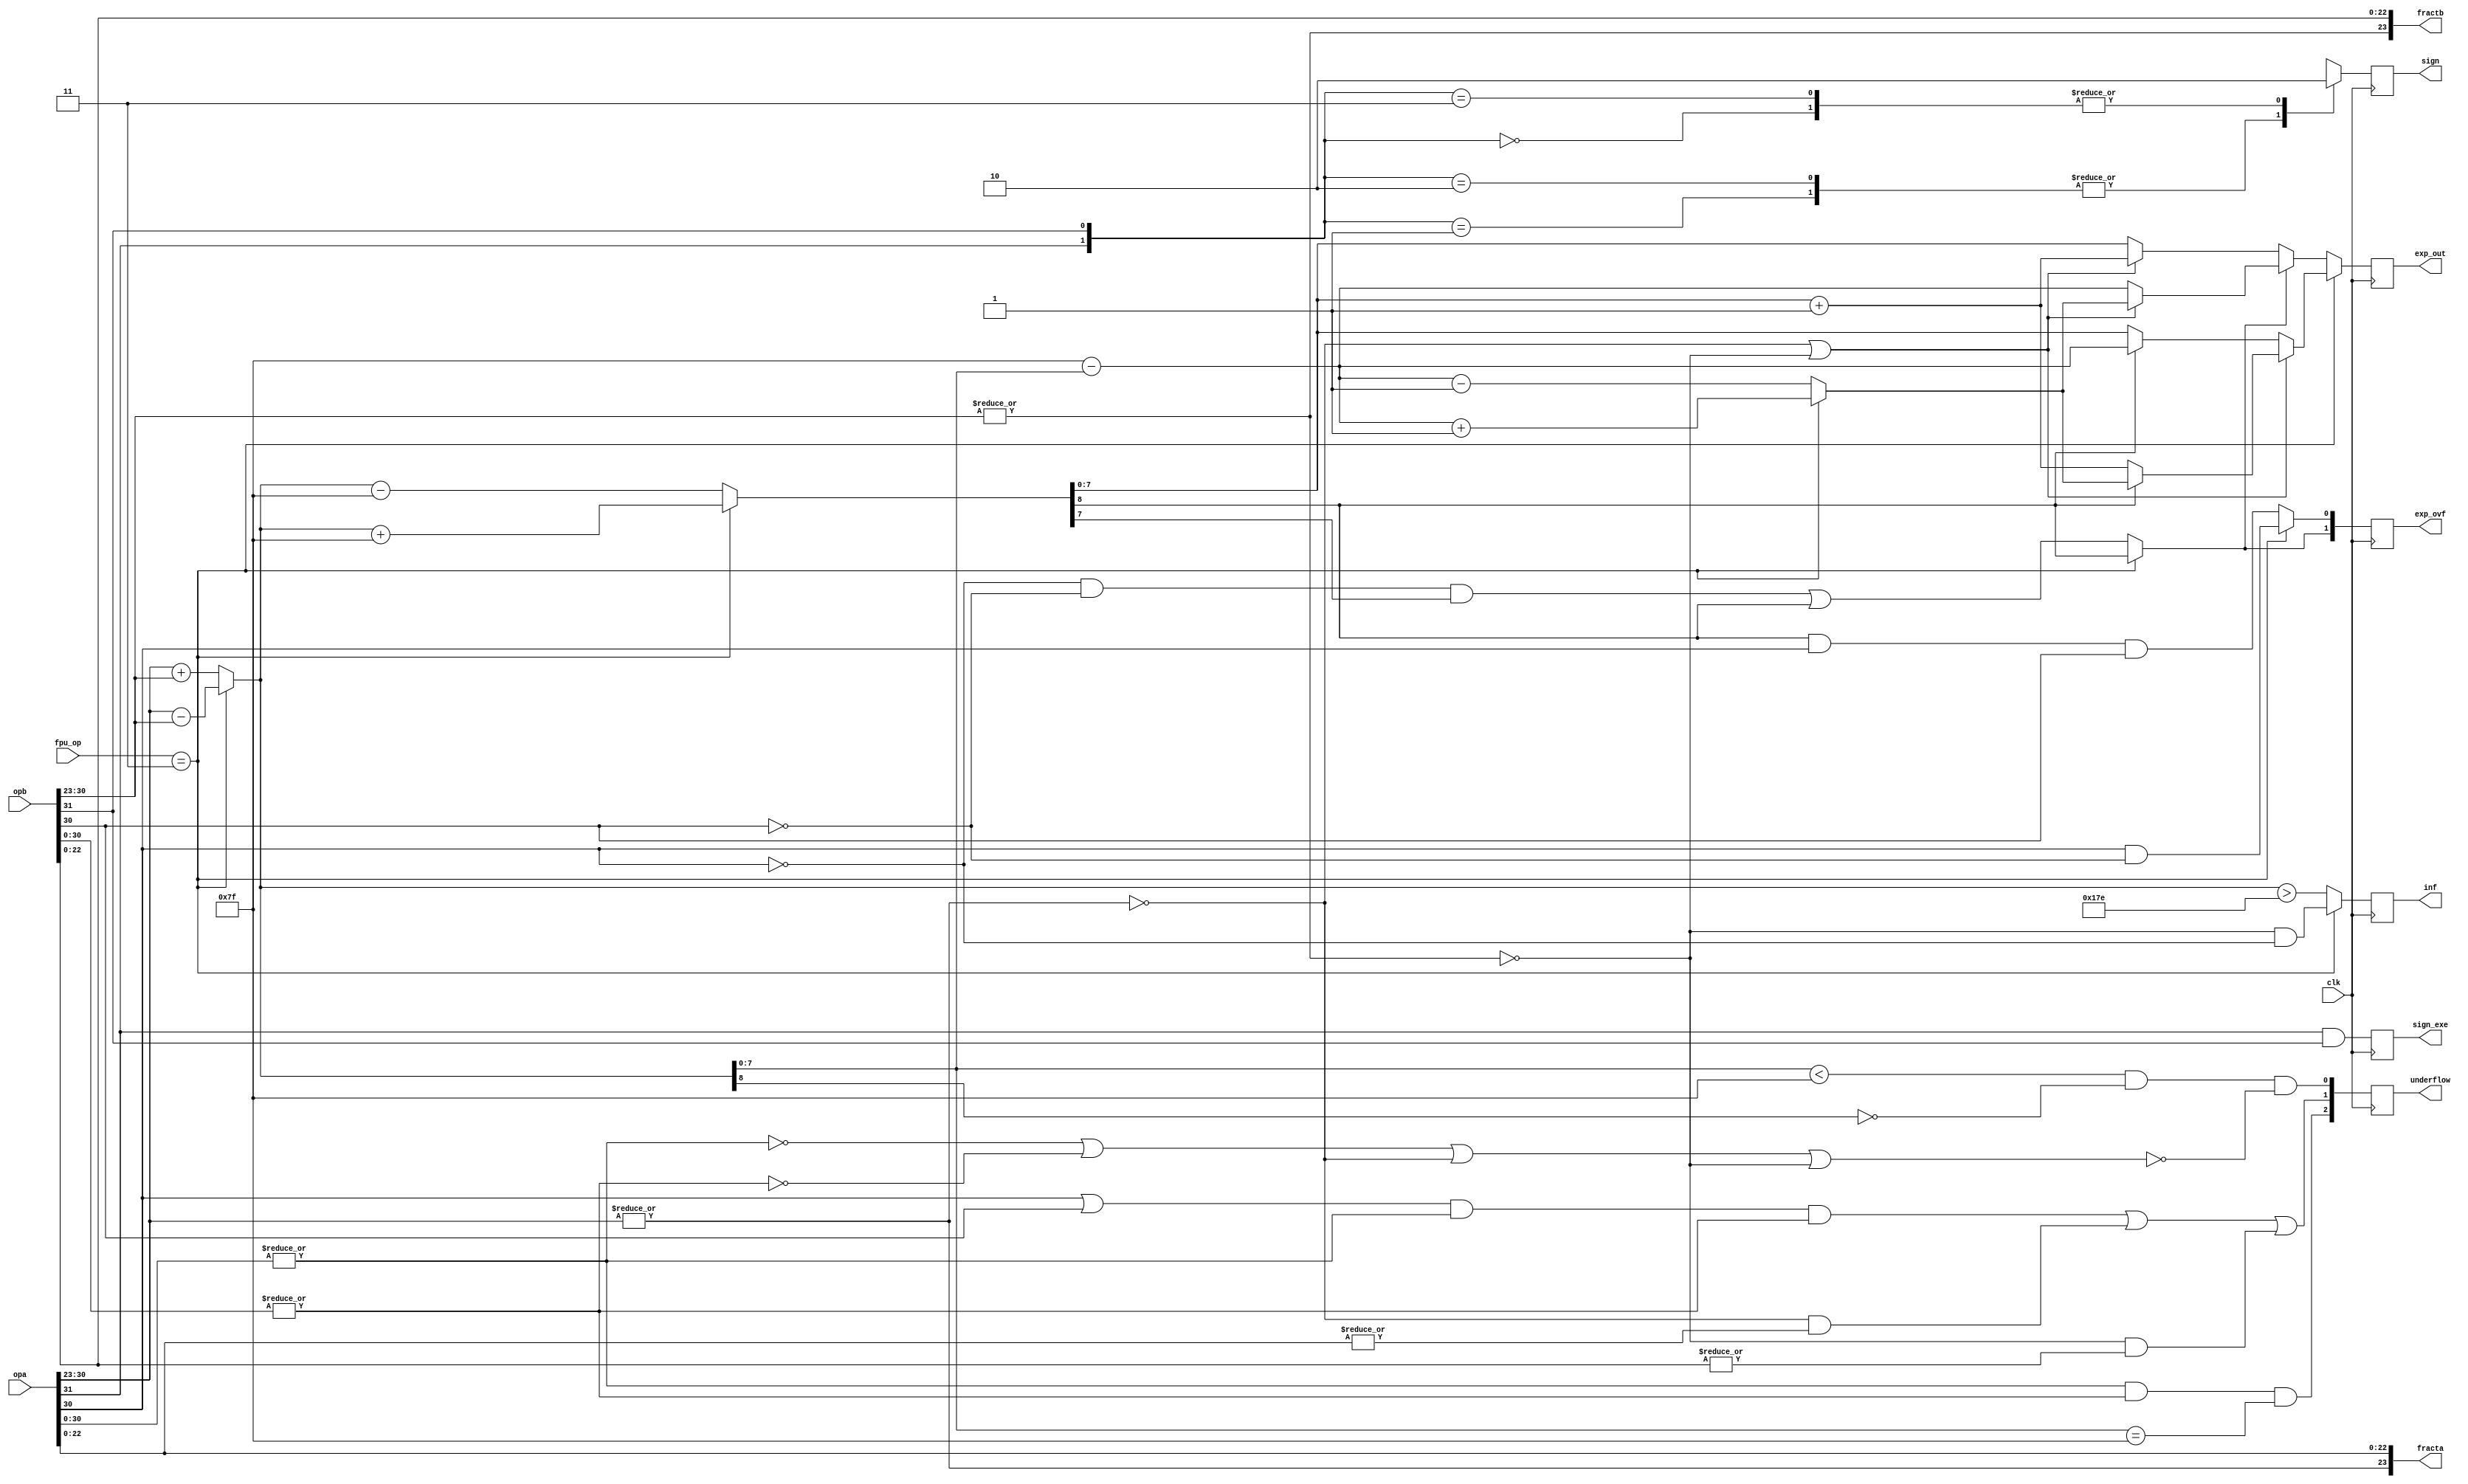
`define BITS 32         // Bit width of the operands
`define NumPath 34     

module pre_norm_fmul(clk, fpu_op, opa, opb, fracta, fractb, exp_out, sign,
		sign_exe, inf, exp_ovf, underflow);
input		clk;
input	[2:0]	fpu_op;
input	[31:0]	opa, opb;
output	[23:0]	fracta, fractb;
output	[7:0]	exp_out;
output		sign, sign_exe;
output		inf;
output	[1:0]	exp_ovf;
output	[2:0]	underflow;

////////////////////////////////////////////////////////////////////////
//
// Local Wires and registers
//

reg	[7:0]	exp_out;
wire		signa, signb;
reg		sign, sign_d;
reg		sign_exe;
reg		inf;
wire	[1:0]	exp_ovf_d;
reg	[1:0]	exp_ovf;
wire	[7:0]	expa, expb;
wire	[7:0]	exp_tmp1, exp_tmp2;
wire		co1, co2;
wire		expa_dn, expb_dn;
wire	[7:0]	exp_out_a;
wire		opa_00, opb_00, fracta_00, fractb_00;
wire	[7:0]	exp_tmp3, exp_tmp4, exp_tmp5;
wire	[2:0]	underflow_d;
reg	[2:0]	underflow;
wire		op_div;
wire	[7:0]	exp_out_mul, exp_out_div;

assign op_div = (fpu_op == 3'b011);
////////////////////////////////////////////////////////////////////////
//
// Aliases
//
assign  signa = opa[31];
assign  signb = opb[31];
assign   expa = opa[30:23];
assign   expb = opb[30:23];

////////////////////////////////////////////////////////////////////////
//
// Calculate Exponenet
//

assign expa_dn   = !(|expa);
assign expb_dn   = !(|expb);
assign opa_00    = !(|opa[30:0]);
assign opb_00    = !(|opb[30:0]);
assign fracta_00 = !(|opa[22:0]);
assign fractb_00 = !(|opb[22:0]);

assign fracta[22:0] = opa[22:0];
assign fractb[22:0] = opb[22:0];
assign fracta[23:23] = !expa_dn;
assign fractb[23:23] = !expb_dn;
//assign fracta = {!expa_dn,opa[22:0]};	// Recover hidden bit
//assign fractb = {!expb_dn,opb[22:0]};	// Recover hidden bit

assign {co1,exp_tmp1} = op_div ? ({1'b0,expa[7:0]} - {1'b0,expb[7:0]}) : ({1'b0,expa[7:0]} + {1'b0,expb[7:0]});
assign {co2,exp_tmp2} = op_div ? ({co1,exp_tmp1} + 9'h07f) : ({co1,exp_tmp1} - 9'h07f);
assign exp_tmp3 = exp_tmp2 + 8'h01;
assign exp_tmp4 = 8'h7f - exp_tmp1;
assign exp_tmp5 = op_div ? (exp_tmp4+8'h01) : (exp_tmp4-8'h01);


always@(posedge clk)
	exp_out <= op_div ? exp_out_div : exp_out_mul;

assign exp_out_div = (expa_dn | expb_dn) ? (co2 ? exp_tmp5 : exp_tmp3 ) : co2 ? exp_tmp4 : exp_tmp2;
assign exp_out_mul = exp_ovf_d[1] ? exp_out_a : (expa_dn | expb_dn) ? exp_tmp3 : exp_tmp2;
assign exp_out_a   = (expa_dn | expb_dn) ? exp_tmp5 : exp_tmp4;
assign exp_ovf_d[0] = op_div ? (expa[7] & !expb[7]) : (co2 & expa[7] & expb[7]);
assign exp_ovf_d[1] = op_div ? co2                  : ((!expa[7] & !expb[7] & exp_tmp2[7]) | co2);

always @(posedge clk)
	exp_ovf <=   exp_ovf_d;

assign underflow_d[0] =	(exp_tmp1 < 8'h7f) & !co1 & !(opa_00 | opb_00 | expa_dn | expb_dn);
assign underflow_d[1] =	((expa[7] | expb[7]) & !opa_00 & !opb_00) |
			 (expa_dn & !fracta_00) | (expb_dn & !fractb_00);
assign underflow_d[2] =	 !opa_00 & !opb_00 & (exp_tmp1 == 8'h7f);

always @(posedge clk)
	underflow <= underflow_d;

always @(posedge clk)
	inf <= op_div ? (expb_dn & !expa[7]) : ({co1,exp_tmp1} > 9'h17e) ;


////////////////////////////////////////////////////////////////////////
//
// Determine sign for the output
//

// sign: 0=Posetive Number; 1=Negative Number
always @(signa or signb)
   case({signa, signb})		// synopsys full_case parallel_case
	2'b00: sign_d = 0;
	2'b01: sign_d = 1;
	2'b10: sign_d = 1;
	2'b11: sign_d = 0;
   endcase

always @(posedge clk)
	sign <= sign_d;

always @(posedge clk)
	sign_exe <= signa & signb;

endmodule